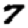
Digit: 7